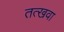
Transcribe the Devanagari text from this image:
तत्खवा